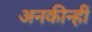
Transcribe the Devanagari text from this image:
अनकीन्‍हीं